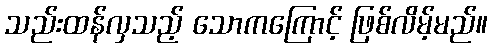
သည်းထန်လှသည့် သောကကြောင့် ဖြစ်လိမ့်မည်။